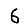
Digit: 6